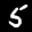
Label: 5